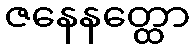
ဇနေနတ္ထော